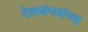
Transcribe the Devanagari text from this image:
देशबांधवांच्या